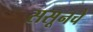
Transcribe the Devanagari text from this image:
ससूनचे